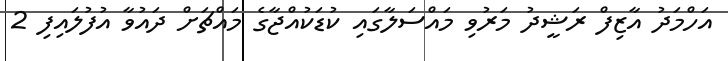
އަހްމަދު އާޒިފް ރަޝީދު މަރުވި މައްސަލާގައި ކުޑަކުއްޖާގެ މައްޗަށް ދައުވާ އުފުލައިފި 2